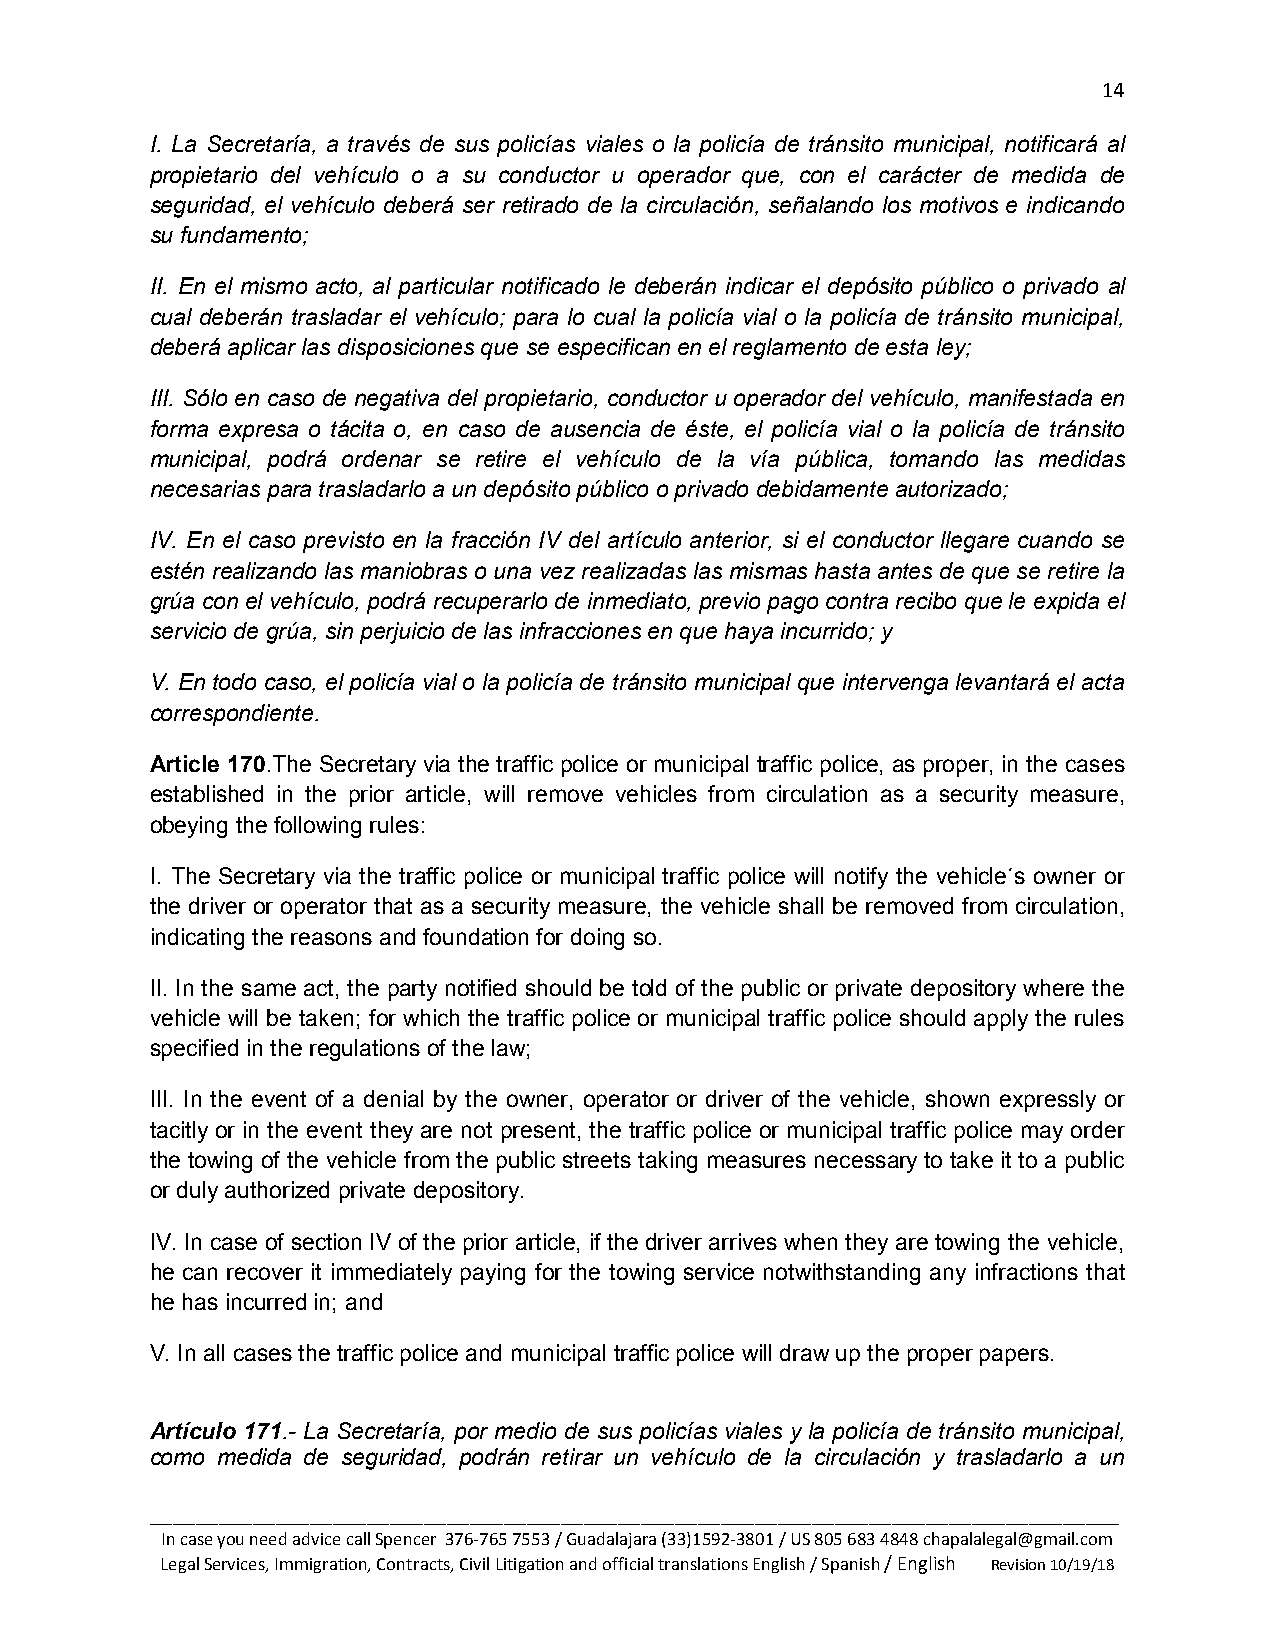
14
 I. La Secretaría, a través de sus policías viales o la policía de tránsito municipal, notificará al
 propietario del vehículo o a su conductor u operador que, con el carácter de medida de
 seguridad, el vehículo deberá ser retirado de la circulación, señalando los motivos e indicando
 su fundamento;
 II. En el mismo acto, al particular notificado le deberán indicar el depósito público o privado al
 cual deberán trasladar el vehículo; para lo cual la policía vial o la policía de tránsito municipal,
 deberá aplicar las disposiciones que se especifican en el reglamento de esta ley;
 III. Sólo en caso de negativa del propietario, conductor u operador del vehículo, manifestada en
 forma expresa o tácita o, en caso de ausencia de éste, el policía vial o la policía de tránsito
 municipal, podrá ordenar se retire el vehículo de la vía pública, tomando las medidas
 necesarias para trasladarlo a un depósito público o privado debidamente autorizado;
 IV. En el caso previsto en la fracción IV del artículo anterior, si el conductor llegare cuando se
 estén realizando las maniobras o una vez realizadas las mismas hasta antes de que se retire la
 grúa con el vehículo, podrá recuperarlo de inmediato, previo pago contra recibo que le expida el
 servicio de grúa, sin perjuicio de las infracciones en que haya incurrido; y
 V. En todo caso, el policía vial o la policía de tránsito municipal que intervenga levantará el acta
 correspondiente.
 Article 170.The Secretary via the traffic police or municipal traffic police, as proper, in the cases
 established in the prior article, will remove vehicles from circulation as a security measure,
 obeying the following rules:
 I. The Secretary via the traffic police or municipal traffic police will notify the vehicle´s owner or
 the driver or operator that as a security measure, the vehicle shall be removed from circulation,
 indicating the reasons and foundation for doing so.
 II. In the same act, the party notified should be told of the public or private depository where the
 vehicle will be taken; for which the traffic police or municipal traffic police should apply the rules
 specified in the regulations of the law;
 III. In the event of a denial by the owner, operator or driver of the vehicle, shown expressly or
 tacitly or in the event they are not present, the traffic police or municipal traffic police may order
 the towing of the vehicle from the public streets taking measures necessary to take it to a public
 or duly authorized private depository.
 IV. In case of section IV of the prior article, if the driver arrives when they are towing the vehicle,
 he can recover it immediately paying for the towing service notwithstanding any infractions that
 he has incurred in; and
 V. In all cases the traffic police and municipal traffic police will draw up the proper papers.
 Artículo 171.- La Secretaría, por medio de sus policías viales y la policía de tránsito municipal,
 como medida de seguridad, podrán retirar un vehículo de la circulación y trasladarlo a un
 _____________________________________________________________________________________
 In case you need advice call Spencer 376-765 7553 / Guadalajara (33)1592-3801 / US 805 683 4848 chapalalegal@gmail.com
 Legal Services, Immigration, Contracts, Civil Litigation and official translations English / Spanish / English Revision 10/19/18